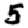
Digit: 5